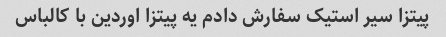
پیتزا سیر استیک سفارش دادم یه پیتزا اوردین با کالباس